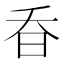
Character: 昋